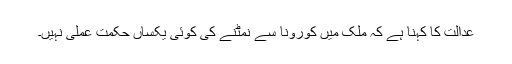
عدالت کا کہنا ہے کہ ملک میں کورونا سے نمٹنے کی کوئی یکساں حکمت عملی نہیں۔